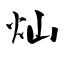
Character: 灿